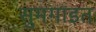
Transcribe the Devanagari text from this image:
सुमगाइत